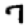
Digit: 7